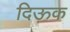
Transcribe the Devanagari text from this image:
दिऊक